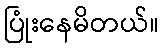
ပြုံးနေမိတယ်။